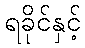
ရခိုင်နှင့်